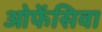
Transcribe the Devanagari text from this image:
ओफेंसिवा